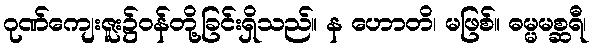
ဂုဏ်ကျေးဇူး၌ဝန်တို့ခြင်းရှိသည်။ န ဟောတိ၊ မဖြစ်။ ဓမ္မမစ္ဆရီ၊